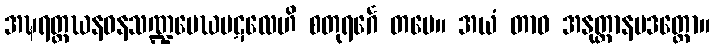
အဍ္ဎရတ္တဃနဝနသဏ္ဍမေဃပဋလေဟိ စတုရင်္ဂေ တမေ။ အယံ တာဝ အနုတ္တာနပဒတ္ထော။